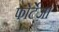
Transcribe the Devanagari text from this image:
फोर्टेज़ा